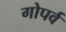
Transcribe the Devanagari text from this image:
गोपर्व